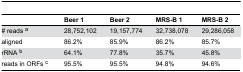
|  | Beer 1 | Beer 2 | MRS-B 1 | MRS-B 2 |
 | --- | --- | --- | --- | --- |
 | # reads a | 28,752,102 | 19,157,774 | 32,738,078 | 29,286,058 |
 | aligned | 86.2% | 85.9% | 86.2% | 85.7% |
 | rRNA b | 64.1% | 77.8% | 35.7% | 45.8% |
 | reads in ORFs c | 95.5% | 95.5% | 94.8% | 94.6% |